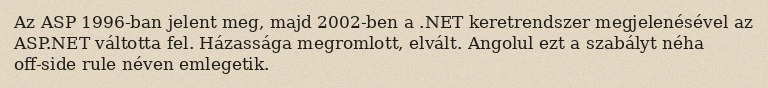
Az ASP 1996-ban jelent meg, majd 2002-ben a .NET keretrendszer megjelenésével az ASP.NET váltotta fel. Házassága megromlott, elvált. Angolul ezt a szabályt néha off-side rule néven emlegetik.